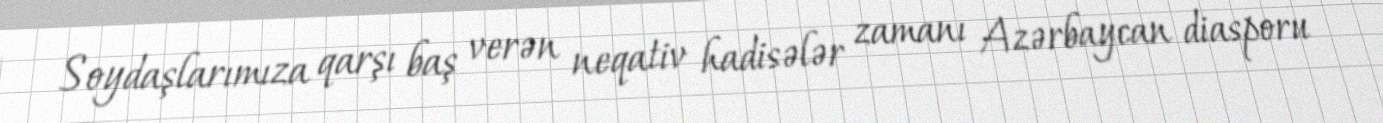
Soydaşlarımıza qarşı baş verən neqativ hadisələr zamanı Azərbaycan diasporu